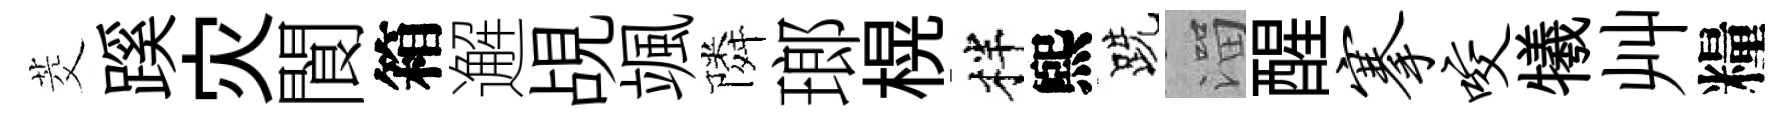
茭蹊灾閬箱邂覘颯隣瑯榥柈煕跣溜醒搴咬犧艸糧